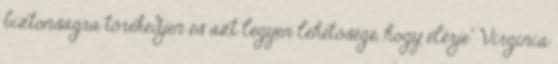
biztonságra törekedjen és azt legyen lehetősége, hogy elérje" Virginia